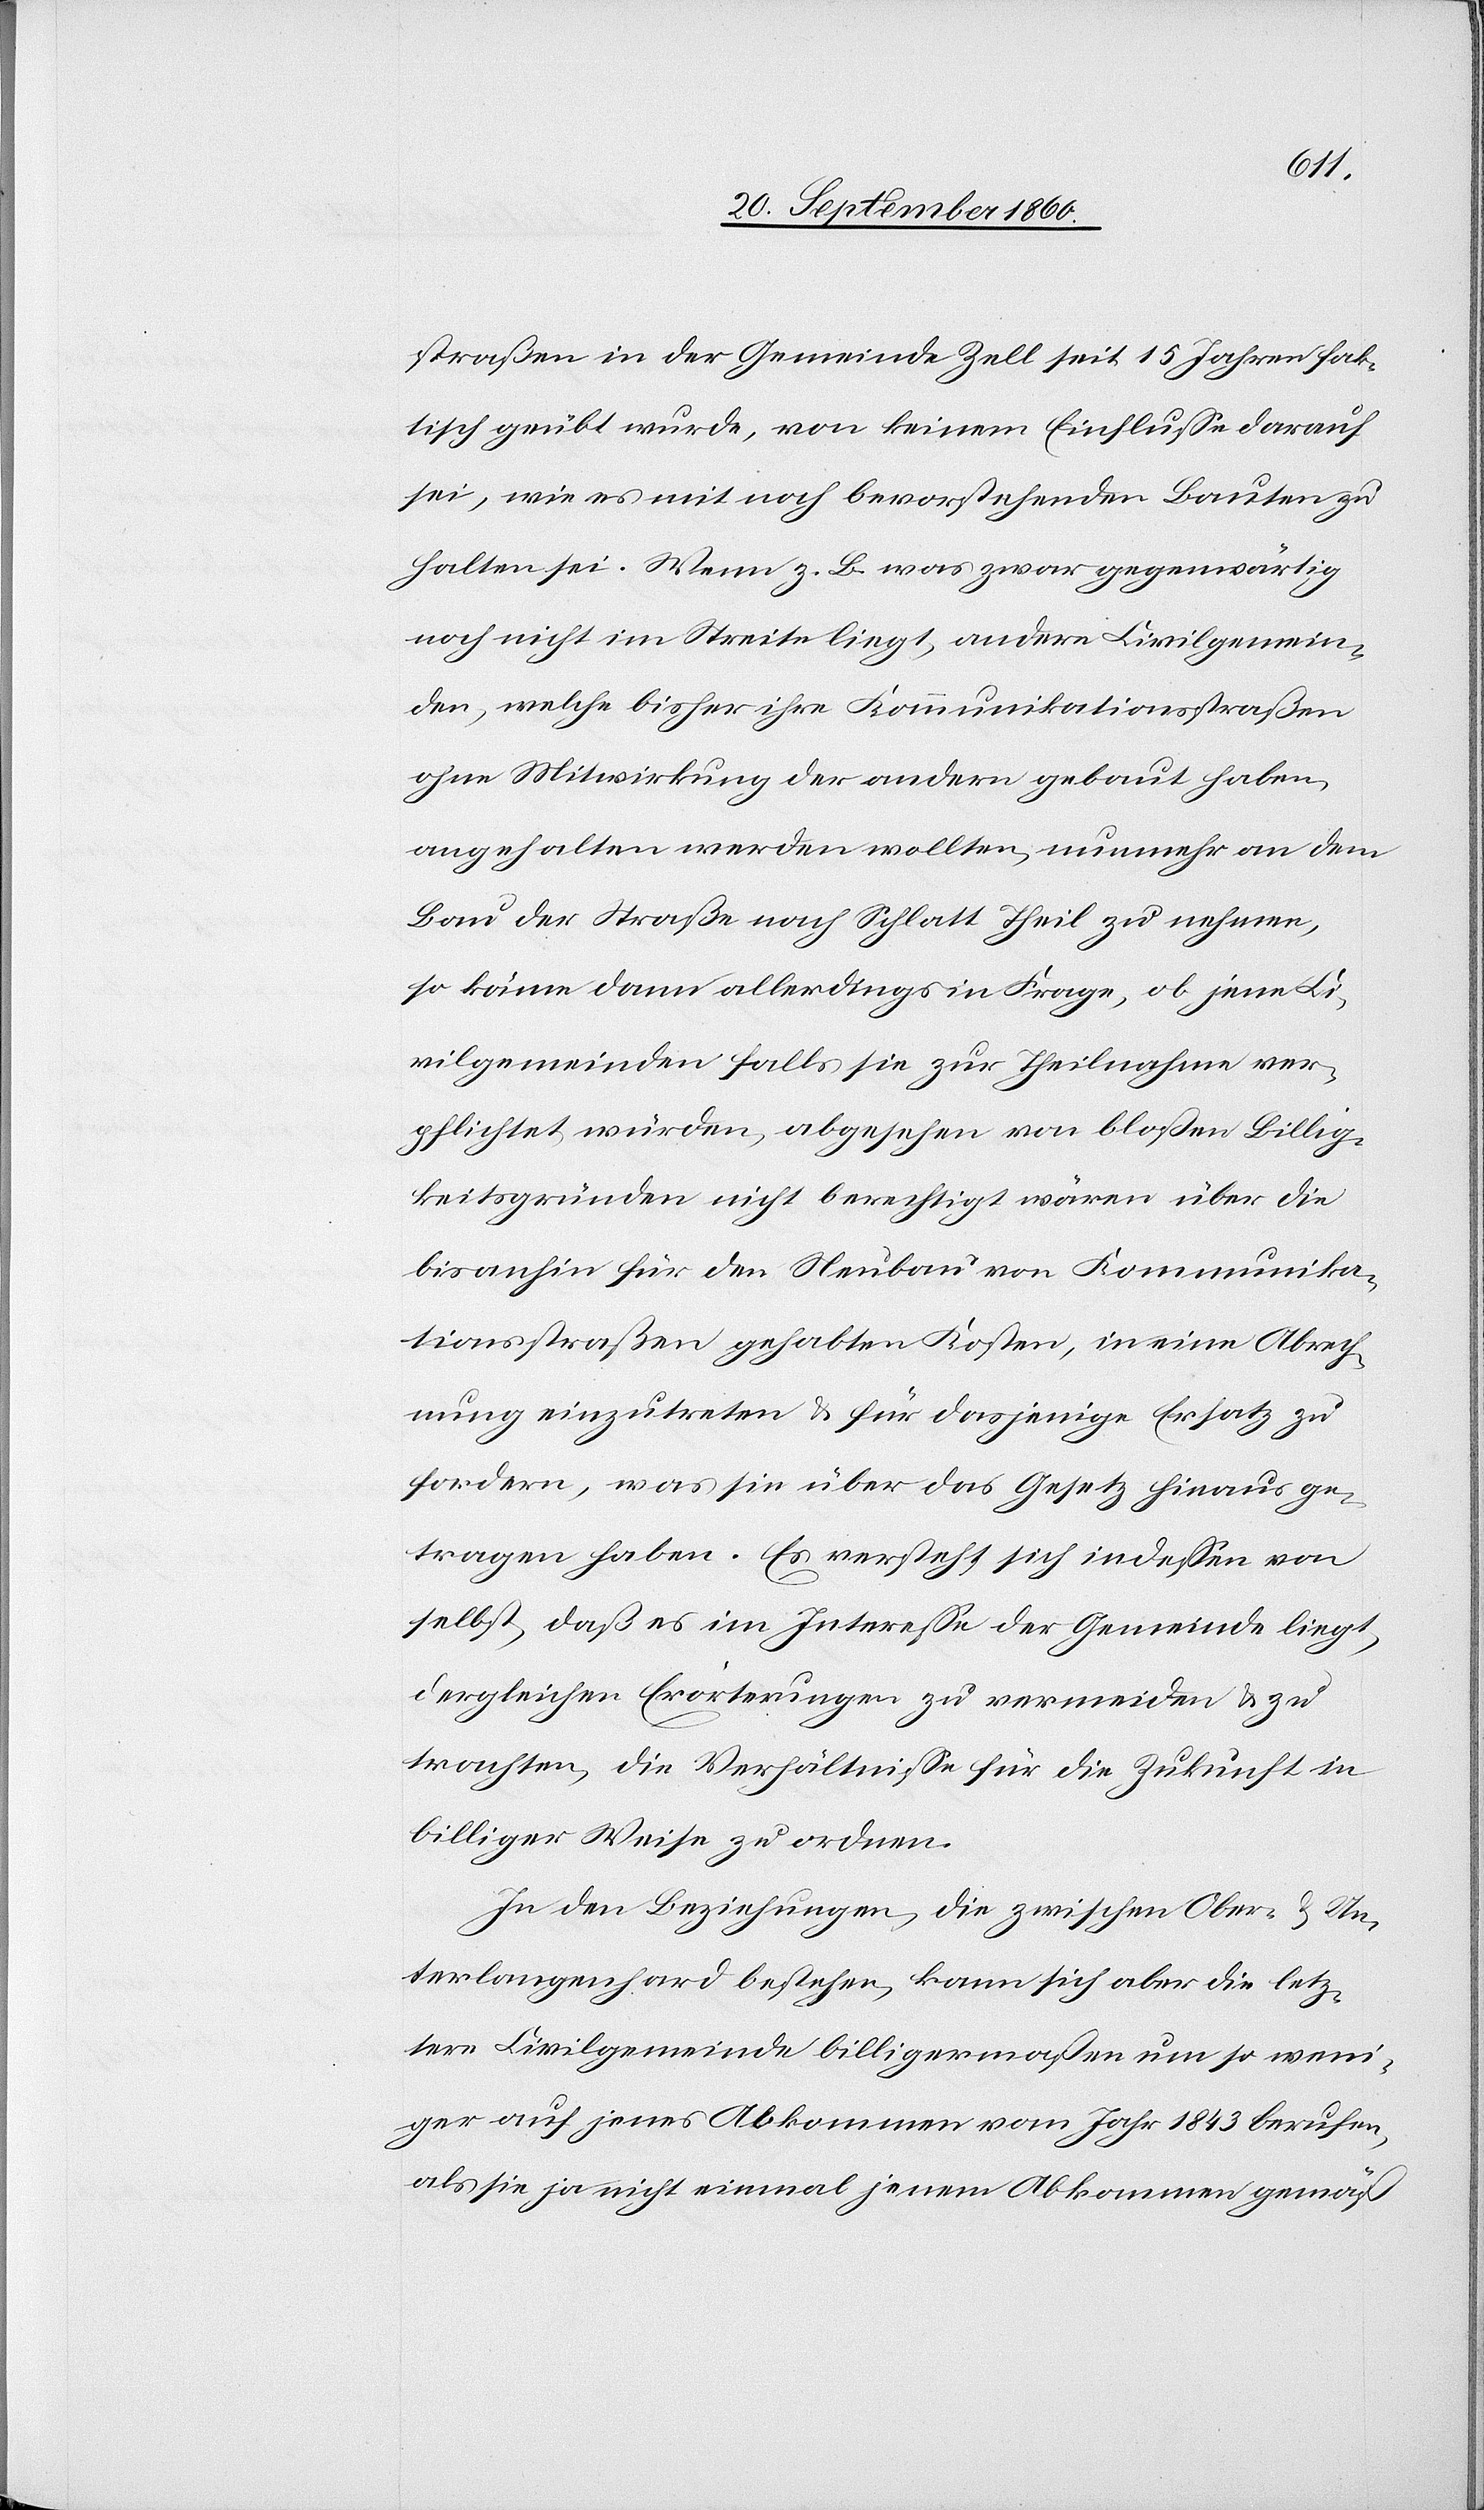
straßen in der Gemeinde Zell seit 15 Jahren fak¬
tisch geübt wurde, von keinem Einflusse darauf
sei, wie es mit noch bevorstehenden Bauten zu
halten sie. Wenn z. B. was zwar gegenwärtig
noch nicht im Streite liegt, andere Civilgemein¬
den, welche bisher ihre Kommunikationsstraßen
ohne Mitwirkung der andern gebaut haben,
angehalten werden sollten, nunmehr an dem
Bau der Straße nach Schlatt Theil zu nehmen,
so käme dann allerdings in Frage, ob jene Ci¬
vilgemeinden falls sie zur Theilnahme ver¬
pflichtet würden, abgesehen von bloßen Billig¬
keitsgründen nicht berechtigt wären über die
bis anhin für den Neubau von Kommunika¬
tionsstraßen gehabten Kosten, in eine Abrech¬
nung einzutreten & für dasjenige Ersatz zu
fordern, was sie über das Gesetz hinaus ge¬
tragen haben. Es versteht sich indessen von
selbst, daß es im Interesse der Gemeinde liegt,
dergleichen Erörterungen zu vermeiden & zu
trachten, die Verhältnisse für die Zukunft in
billiger Weise zu ordnen.
In den Beziehungen, die zwischen Ober- & Un¬
terlangenhard bestehen, kann sich aber die letz¬
tere Civilgemeinde billigermaßen um so weni¬
ger auf jenes Abkommen vom Jahr 1843 berufen,
als sie ja nicht einmal jenem Abkommen gemäß